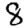
Digit: 8